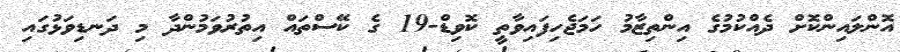
އޮންލައިންކޮށް ދެއްކުމުގެ އިންތިޒާމު ހަމަޖެހިފައިވާތީ ކޮވިޑް-19 ގެ ކޭސްތައް އިތުރުވަމުންދާ މި ދަނޑިވަޅުގައި